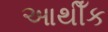
આથીઁક